Insane asylums Bombay 1873-77 - 1873-1877
Year: 1873
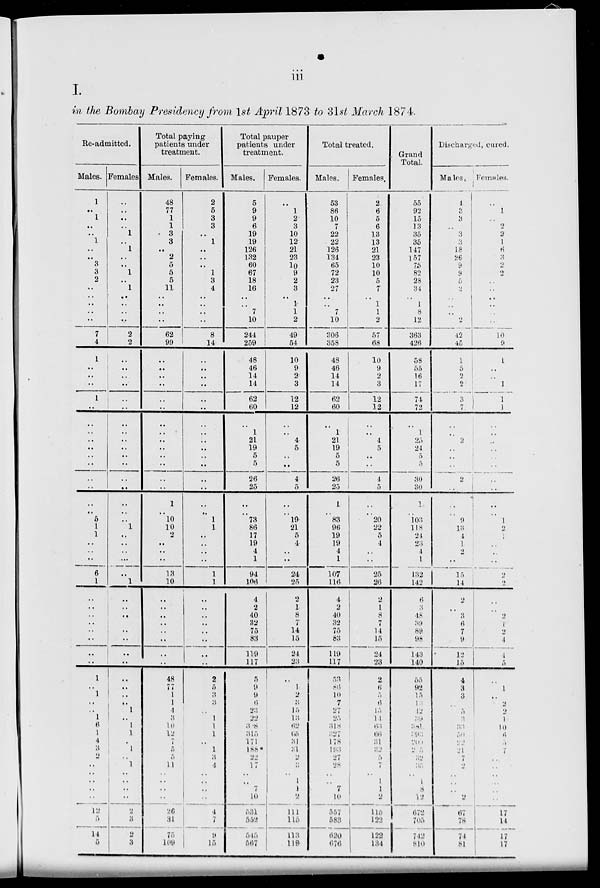
iii
I.
in the Bombay Presidency from 1st April 1873 to 31st March 1874.
Re-admitted.
Males.
1
..
1
..
..
1
..
..
3
3
2
..
..
..
..
..
7
4
1
..
..
..
1
..
..
..
..
..
..
..
..
..
..
..
5
1
1
..
..
..
6
1
..
..
..
..
..
..
..
..
1
..
1
..
..
1
6
1
4
3
2
..
..
..
..
..
12
..
14
5
Females
..
..
..
..
1
..
1
..
..
1
..
1
..
..
..
..
2
2
..
..
..
..
..
..
..
..
..
..
..
..
..
..
..
..
..
1
..
..
..
...
..
1
..
..
..
..
..
..
..
..
..
..
..
..
1
..
1
1
..
1
..
1
..
..
..
..
2
3
2
3
Total paying
patients under
treatment.
Males.
48
77
1
1
3
3
..
2
5
5
5
11
..
..
..
..
62
99
..
..
..
..
..
..
..
..
..
..
..
..
..
..
1
.. 10
10
2
..
..
..
13
10
..
..
..
..
..
..
..
..
48
77
1
1
4
3
10
12
7
5
5
11
..
..
..
..
26
31
75
109
Females.
2
5
3
3
..
1
..
..
..
1
3
4
..
..
..
..
8
14
..
..
..
..
..
..
..
..
..
..
..
..
..
..
..
..
1
1
..
..
..
..
1
1
..
..
..
..
..
..
..
..
2
5
3
3
..
1
1
1
..
1
3
4
..
..
..
..
4
7
9
15
Total pauper
patients under
treatment.
Males.
5
9
9
6
19
19
126
132
60
67
18
16
..
..
7
10
244
259
48
46
14
14
62
60
..
1
21
19
5
5
26
25
..
.. 73
86
17
19
4
1
94
106
4
2
40
82
75
83
119
117
5
9
9
6
23
22
398
315
171
188
22
17
..
..
7
10
531
552
545
567
Females.
..
1
2
3
10
12
21
23
10
9
2
3
..
1
1
2
49
54
10
9
2
3
12
12
..
..
4
5
..
..
4
5
..
.. 19
21
5
4
..
..
24
25
2
1
8
7
14
15
24
23
..
1
2
3
15
13
62
65
31
31
2
3
..
1
1
2
111
115
113
119
Total treated.
Males.
53
86
10
7
22
22
126
134
65
72
23
27
..
..
7
10
306
358
48
46
14
14
62
60
..
1
21
19
5
5
26
25
1
.. 83
96
19
19
4
1
107
116
4
2
40
32
75
83
119
117
53
86
10
7
27
25
318
327
178
193
27
28
..
7 8
10
557
583
620
676
Females.
2
6
5
6
13
13
21
23
10
10
5
7
..
1
1
2
57
68
10
9
2
3
12
12
..
..
4
5
..
..
4
5
..
.. 20
22
5
4
..
..
25
26
2
1
8
7
14
15
24
23
2
6
5
6
15
14
63
66
31
32
5
7
..
1
1
2
115
122
122
134
Grand
Total.
55
92
15
13
35
35
147
157
75
82
28
34
..
1
8
12
363
426
58
55
16
17
74
72
..
1
25
24
5
5
30
30
1
.. 103
118
24
23
4
1
132
142
6
3
48
39
89
98
143
140
55
92
15
13
12
39
381
393
209
205
32
35
..
..
..
12
672
705
742
810
Discharged, cured.
Males.
4
2
3
..
3
3
18
26
9
9
5
2
..
..
..
2
42
45
1
5
2
2
3
7
..
..
2
..
..
..
2
..
..
..
9
13
4
1
2
..
15 14
2
..
3
6
7
9
12
15
4
3
3
..
5
3
33
50
22
21
7
2
..
..
..
2
67
78
74
81
Females.
..
1
..
2
2
1
6
3
2
2
..
..
..
..
..
..
10
9
1
..
..
1
1
1
..
..
..
..
..
..
..
..
..
..
1
2
1
..
..
..
2
2
..
..
2
1
2
4
4
5
..
1
..
2
2
1
10
6
5
7
..
..
..
..
..
..
17
14
17
17